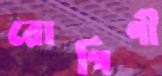
রোগিণী